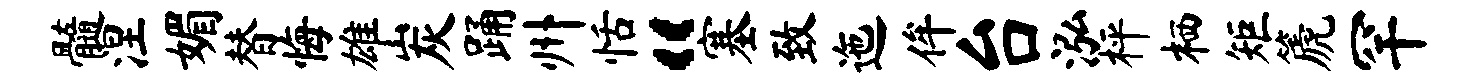
髓涅媚替悔雄炭踊州恬“塞致迤侔台泓枰栖矩篪罕